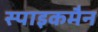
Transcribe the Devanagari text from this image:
स्पाइकमैन